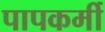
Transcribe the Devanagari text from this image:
पापकर्मी